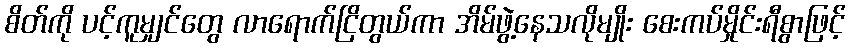
စိတ်ကို ပင့်ကူမျှင်တွေ လာရောက်ငြိတွယ်ကာ အိမ်ဖွဲ့နေသလိုမျိုး စေးကပ်မှိုင်းရီစွာဖြင့်